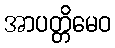
အာပတ္တိမေဝ